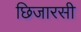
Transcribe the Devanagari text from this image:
छिजारसी